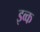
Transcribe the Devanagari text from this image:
इव्क